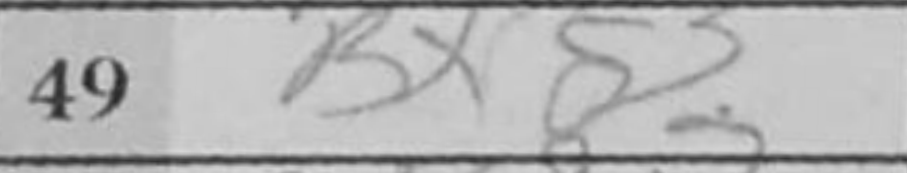
Transcription: Bxg3